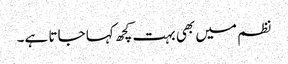
نظم میں بھی بہت کچھ کہا جاتا ہے۔